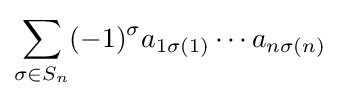
\sum _{\sigma \in S_{n}}(-1)^{\sigma }a_{1\sigma (1)}\cdots a_{n\sigma (n)}